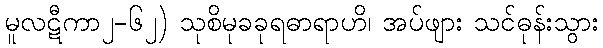
မူလဋီကာ၂-၆၂) သုစိမုခခုရဓာရာဟိ၊ အပ်ဖျား သင်ဓုန်းသွား